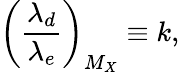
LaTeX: \left(\frac{\lambda_{d}}{\lambda_{e}}\right)_{M_{X}}\equiv k,